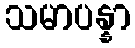
သမာပန္နာ